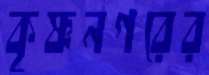
কৃষ্ণনগরের